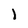
Character: l